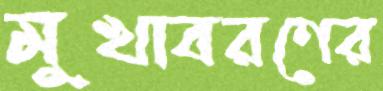
মুখাবরণের